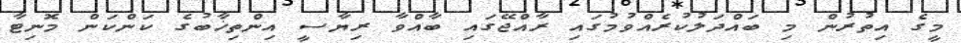
މީގެ އިތުރުން މި ބައްދަލުކުރެއްވުމުގައި ރާއްޖޭގައި ބާއްވާ ރިޔާސީ އިންތިޚާބުގެ ކަންކަން މޮނިޓާ